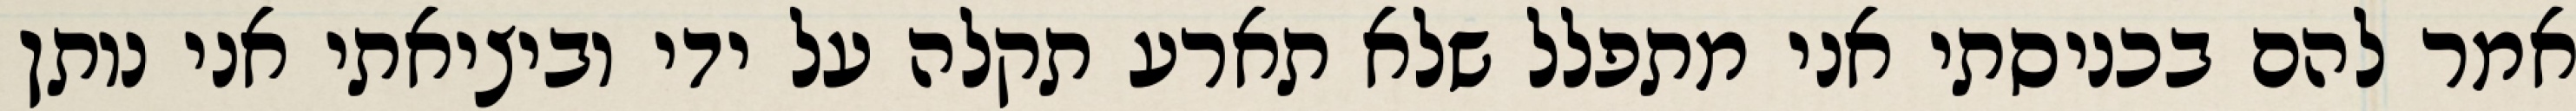
אמר להם בכניסתי אני מתפלל שלא תארע תקלה על ידי וביציאתי אני נותן